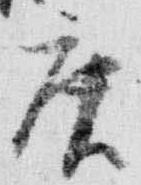
庚